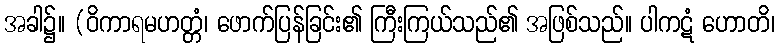
အခါ၌။ (ဝိကာရမဟတ္တံ၊ ဖောက်ပြန်ခြင်း၏ ကြီးကြယ်သည်၏ အဖြစ်သည်။ ပါကဋံ ဟောတိ၊